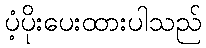
ပံ့ပိုးပေးထားပါသည်